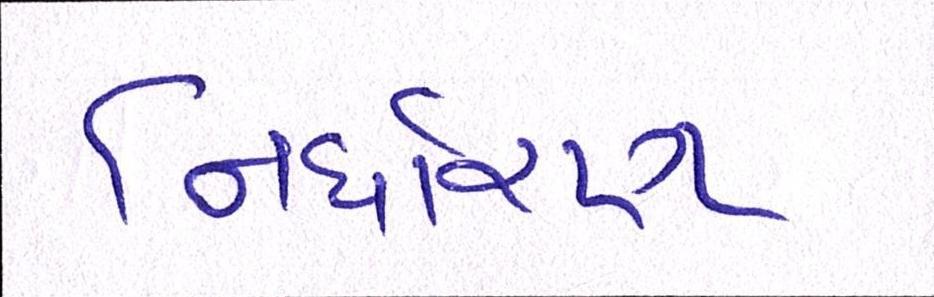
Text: નિર્ધારણ